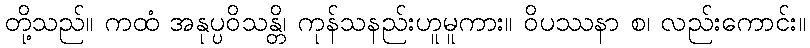
တို့သည်။ ကထံ အနုပ္ပဝိသန္တိ၊ ကုန်သနည်းဟူမူကား။ ဝိပဿနာ စ၊ လည်းကောင်း။